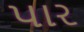
પાર